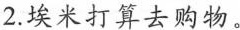
2.埃米打算去购物。